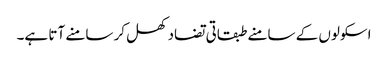
اسکولوں کے سامنے طبقاتی تضاد کھل کر سامنے آتا ہے۔